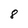
Character: 8